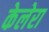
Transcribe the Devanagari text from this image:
केलेरा